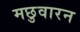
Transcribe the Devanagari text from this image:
मछुवारन